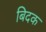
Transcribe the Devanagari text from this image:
बिदक